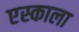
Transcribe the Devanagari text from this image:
एस्काला